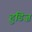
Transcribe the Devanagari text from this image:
हुडिज़